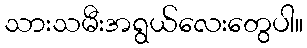
သားသမီးအရွယ်လေးတွေပါ။